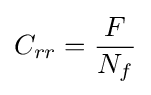
C_{rr}={\frac {F}{N_{f}}}